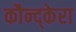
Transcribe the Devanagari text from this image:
कौन्द्केरा